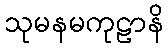
သုမနမကုဠာနိ